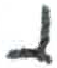
אות: י